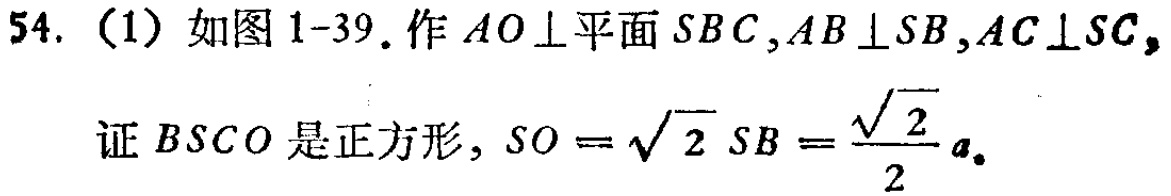
54. (1) 如图 1-39. 作 \(AO\perp\)平面 \(SBC\), \(AB\perp SB\), \(AC\perp SC\),
证 \(BSCO\) 是正方形, \(SO = \sqrt{2}SB=\frac{\sqrt{2}}{2}a\).